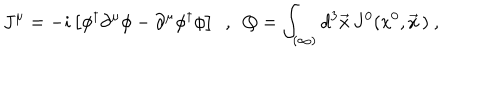
LaTeX: J ^ { \mu } = - i \left[ \phi ^ { \dagger } \partial ^ { \mu } \phi - \partial ^ { \mu } \phi ^ { \dagger } \phi \right] \ \ , \ \ Q = \int _ { ( \infty ) } d ^ { 3 } \vec { x } \, J ^ { 0 } ( x ^ { 0 } , \vec { x } \, ) \ ,